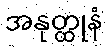
အနုတ္ထုနံ